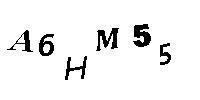
A6HM55